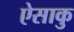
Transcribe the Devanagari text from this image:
ऐसाकु